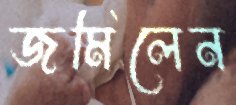
জমিলেন